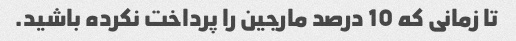
تا زمانی که 10 درصد مارجین را پرداخت نکرده باشید.